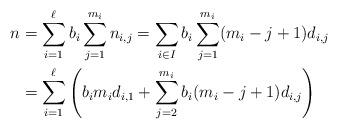
LaTeX: \begin{align*} n &= \sum_{i=1}^{\ell} b_i \sum_{j =1}^{m_i} n_{i,j}= \sum_{i \in I} b_i \sum_{j=1}^{m_i} (m_i - j +1) d_{i,j} \\ &= \sum_{i=1}^{\ell} \left( b_i m_i d_{i,1} + \sum_{j=2}^{m_i} b_i (m_i - j +1) d_{i,j} \right) \end{align*}